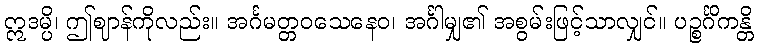
ဣဒမ္ပိ၊ ဤဈာန်ကိုလည်း။ အင်္ဂမတ္တဝသေနေဝ၊ အင်္ဂါမျှ၏ အစွမ်းဖြင့်သာလျှင်။ ပဉ္စင်္ဂိကန္တိ